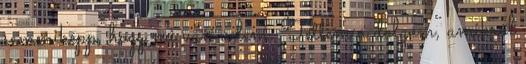
semmiképp, hogy mi van velem. Tettem a dolgom, amikről